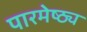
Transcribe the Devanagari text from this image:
पारमेष्ठ्य